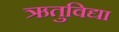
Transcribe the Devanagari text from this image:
ऋतुविद्या